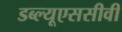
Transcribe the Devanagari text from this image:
डब्ल्यूएससीवी